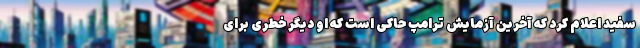
سفید اعلام کرد که آخرین آزمایش ترامپ حاکی است که او دیگر خطری برای